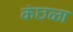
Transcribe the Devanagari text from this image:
कंछळा